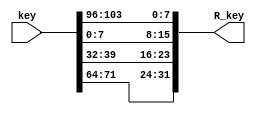
module Rotword(key, R_key);

    input [127:0] key;
    output [31:0] R_key;
    
    assign R_key[7:0] = key[103:96]; // 1 to last
    assign R_key[15:8] = key[7:0]; 
    assign R_key[23:16] = key[39:32];
    assign R_key[31:24] = key[71:64];
    
endmodule